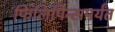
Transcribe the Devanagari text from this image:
फिलिपिन्सपर्यंत